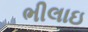
ભીલાઇ